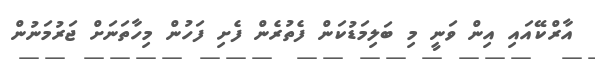
އާރްކޭއައި އިން ވަނީ މި ބަލިމަޑުކަން ފެތުރެން ފެށި ފަހުން މިހާތަނަށް ޖަރުމަނުން